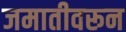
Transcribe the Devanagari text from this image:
जमातीवरून